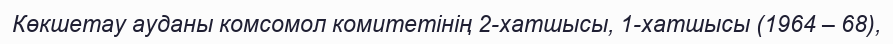
Көкшетау ауданы комсомол комитетінің 2-хатшысы, 1-хатшысы (1964 – 68),